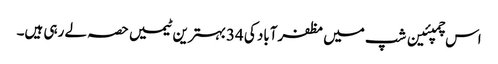
اس چمپئین شپ میں مظفرآباد کی 34بہترین ٹیمیں حصہ لے رہی ہیں۔